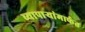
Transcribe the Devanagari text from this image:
व्यापाऱ्यांमार्फत